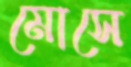
মোসে